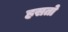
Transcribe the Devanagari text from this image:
हसतो